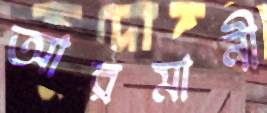
আরমানী